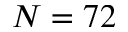
N = 7 2